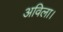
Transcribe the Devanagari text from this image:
अविला।